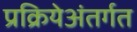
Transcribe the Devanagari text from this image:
प्रक्रियेअंतर्गत